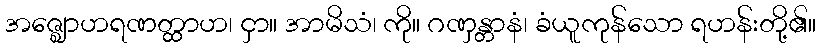
အဇ္ဈောဟရဏတ္ထာဟ၊ ငှာ။ အာမိသံ၊ ကို။ ဂဏှန္တာနံ၊ ခံယူကုန်သော ရဟန်းတို့၏။